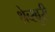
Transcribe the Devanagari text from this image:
श्रेव्स्बुरी